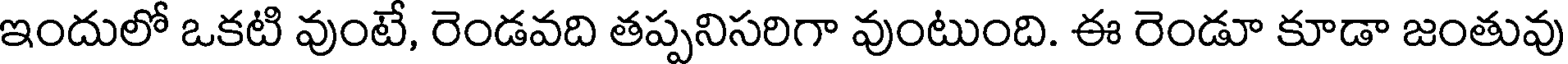
ఇందులో ఒకటి వుంటే, రెండవది తప్పనిసరిగా వుంటుంది. ఈ రెండూ కూడా జంతువు